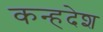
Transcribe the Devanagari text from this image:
कन्हदेश